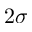
2 \sigma